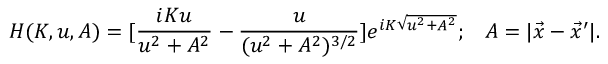
H ( K , u , A ) = [ \frac { i K u } { u ^ { 2 } + A ^ { 2 } } - \frac { u } { ( u ^ { 2 } + A ^ { 2 } ) ^ { 3 / 2 } } ] e ^ { i K \sqrt { u ^ { 2 } + A ^ { 2 } } } ; \; \; \; A = | \vec { x } - \vec { x } ^ { \prime } | .